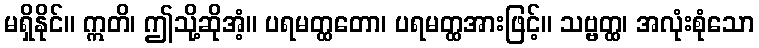
မရှိနိုင်။ ဣတိ၊ ဤသို့ဆိုအံ့။ ပရမတ္ထတော၊ ပရမတ္ထအားဖြင့်။ သဗ္ဗတ္ထ၊ အလုံးစုံသော